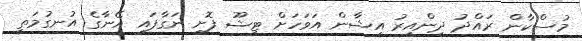
މުސްކާން ރައްދު ދިންއިރު އިޝާން އަވަހަށް ޓިޝޫ ފޮށި ނަގާފައި އޭނާގެ އުނގުމަތީ